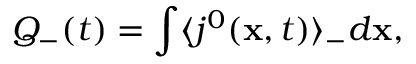
Q _ { - } ( t ) = \int \langle j ^ { 0 } ( { \bf x } , t ) \rangle _ { - } d { \bf x } ,